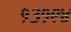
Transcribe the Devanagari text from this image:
१३१९४